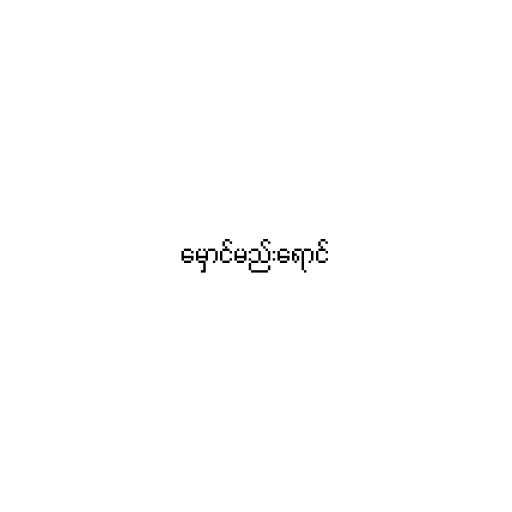
မှောင်မည်းရောင်